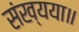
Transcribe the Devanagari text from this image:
संख्यया॥